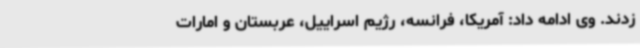
زدند. وی ادامه داد: آمریکا، فرانسه، رژیم اسراییل، عربستان و امارات